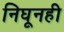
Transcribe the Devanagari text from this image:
निघूनही